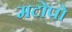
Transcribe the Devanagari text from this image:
मटोपो